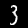
Label: 3